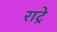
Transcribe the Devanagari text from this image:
राट्रे